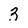
Character: 3